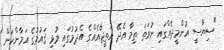
"ސިޔާސީ އުންމީދެއްގައި ނުވަތަ ތިމާ އެދޭ ނަތީޖާއެއްގެ އެދުމުގައި މުޅި ޤައުމުގެ އަމާންކަން